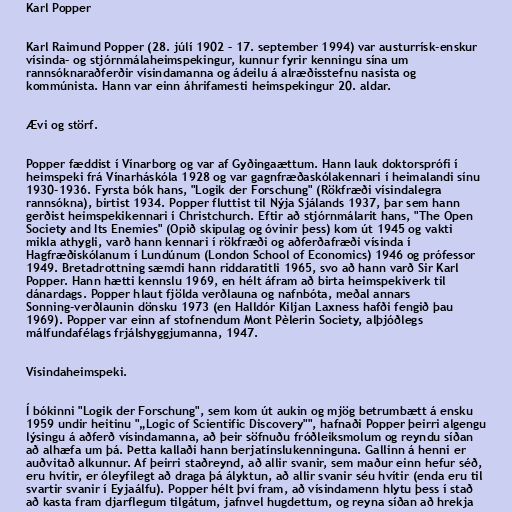
Karl Popper

Karl Raimund Popper (28. júlí 1902 – 17. september 1994) var austurrísk-enskur
vísinda- og stjórnmálaheimspekingur, kunnur fyrir kenningu sína um
rannsóknaraðferðir vísindamanna og ádeilu á alræðisstefnu nasista og
kommúnista. Hann var einn áhrifamesti heimspekingur 20. aldar.

Ævi og störf.

Popper fæddist í Vínarborg og var af Gyðingaættum. Hann lauk doktorsprófi í
heimspeki frá Vínarháskóla 1928 og var gagnfræðaskólakennari í heimalandi sínu
1930-1936. Fyrsta bók hans, "Logik der Forschung" (Rökfræði vísindalegra
rannsókna), birtist 1934. Popper fluttist til Nýja Sjálands 1937, þar sem hann
gerðist heimspekikennari í Christchurch. Eftir að stjórnmálarit hans, "The Open
Society and Its Enemies" (Opið skipulag og óvinir þess) kom út 1945 og vakti
mikla athygli, varð hann kennari í rökfræði og aðferðafræði vísinda í
Hagfræðiskólanum í Lundúnum (London School of Economics) 1946 og prófessor
1949. Bretadrottning sæmdi hann riddaratitli 1965, svo að hann varð Sir Karl
Popper. Hann hætti kennslu 1969, en hélt áfram að birta heimspekiverk til
dánardags. Popper hlaut fjölda verðlauna og nafnbóta, meðal annars
Sonning-verðlaunin dönsku 1973 (en Halldór Kiljan Laxness hafði fengið þau
1969). Popper var einn af stofnendum Mont Pèlerin Society, alþjóðlegs
málfundafélags frjálshyggjumanna, 1947.

Vísindaheimspeki.

Í bókinni "Logik der Forschung", sem kom út aukin og mjög betrumbætt á ensku
1959 undir heitinu "„Logic of Scientific Discovery"", hafnaði Popper þeirri algengu
lýsingu á aðferð vísindamanna, að þeir söfnuðu fróðleiksmolum og reyndu síðan
að alhæfa um þá. Þetta kallaði hann berjatínslukenninguna. Gallinn á henni er
auðvitað alkunnur. Af þeirri staðreynd, að allir svanir, sem maður einn hefur séð,
eru hvítir, er óleyfilegt að draga þá ályktun, að allir svanir séu hvítir (enda eru til
svartir svanir í Eyjaálfu). Popper hélt því fram, að vísindamenn hlytu þess í stað
að kasta fram djarflegum tilgátum, jafnvel hugdettum, og reyna síðan að hrekja